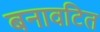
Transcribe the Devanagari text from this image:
बनावटित